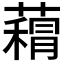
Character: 𮑨